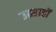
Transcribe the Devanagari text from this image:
उत्साहों